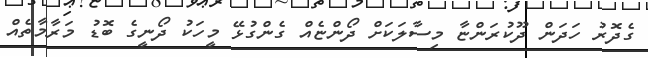
ގެދޮރު ހަދަން ދޫކުރަންޏާ މިސާލަކަށް ދޯންޏެއް ގެންގުޅޭ މީހަކު ދޯނީގެ ބޮޑު މަރާމާތެއް